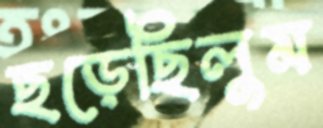
ছড়েছিলুম